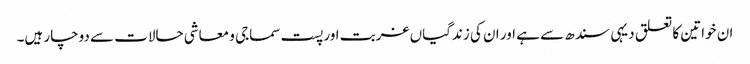
ان خواتین کا تعلق دیہی سندھ سے ہے اور ان کی زندگیاں غربت اور پست سماجی و معاشی حالات سے دوچار ہیں۔